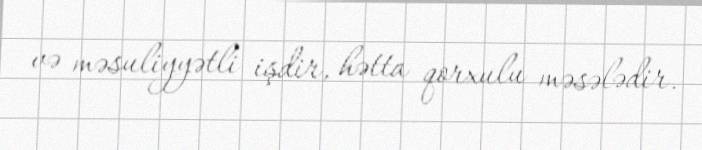
və məsuliyyətli işdir, hətta qorxulu məsələdir.